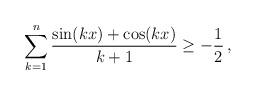
LaTeX: \begin{align*} \sum_{k=1}^{n} \frac {\sin(kx)+\cos(kx)}{k+1} \geq - \frac{1}{2} \,, \end{align*}